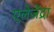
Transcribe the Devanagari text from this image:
एलेजेंद्रा